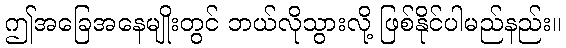
ဤအခြေအနေမျိုးတွင် ဘယ်လိုသွားလို့ ဖြစ်နိုင်ပါမည်နည်း။